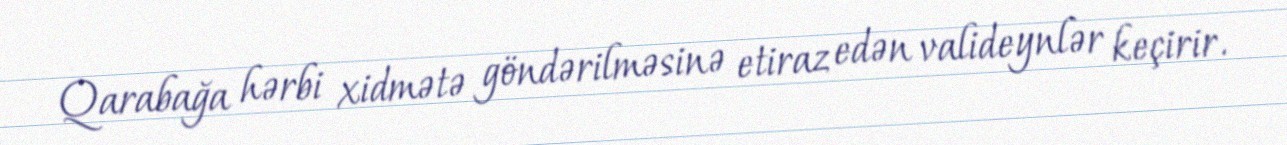
Qarabağa hərbi xidmətə göndərilməsinə etiraz edən valideynlər keçirir.